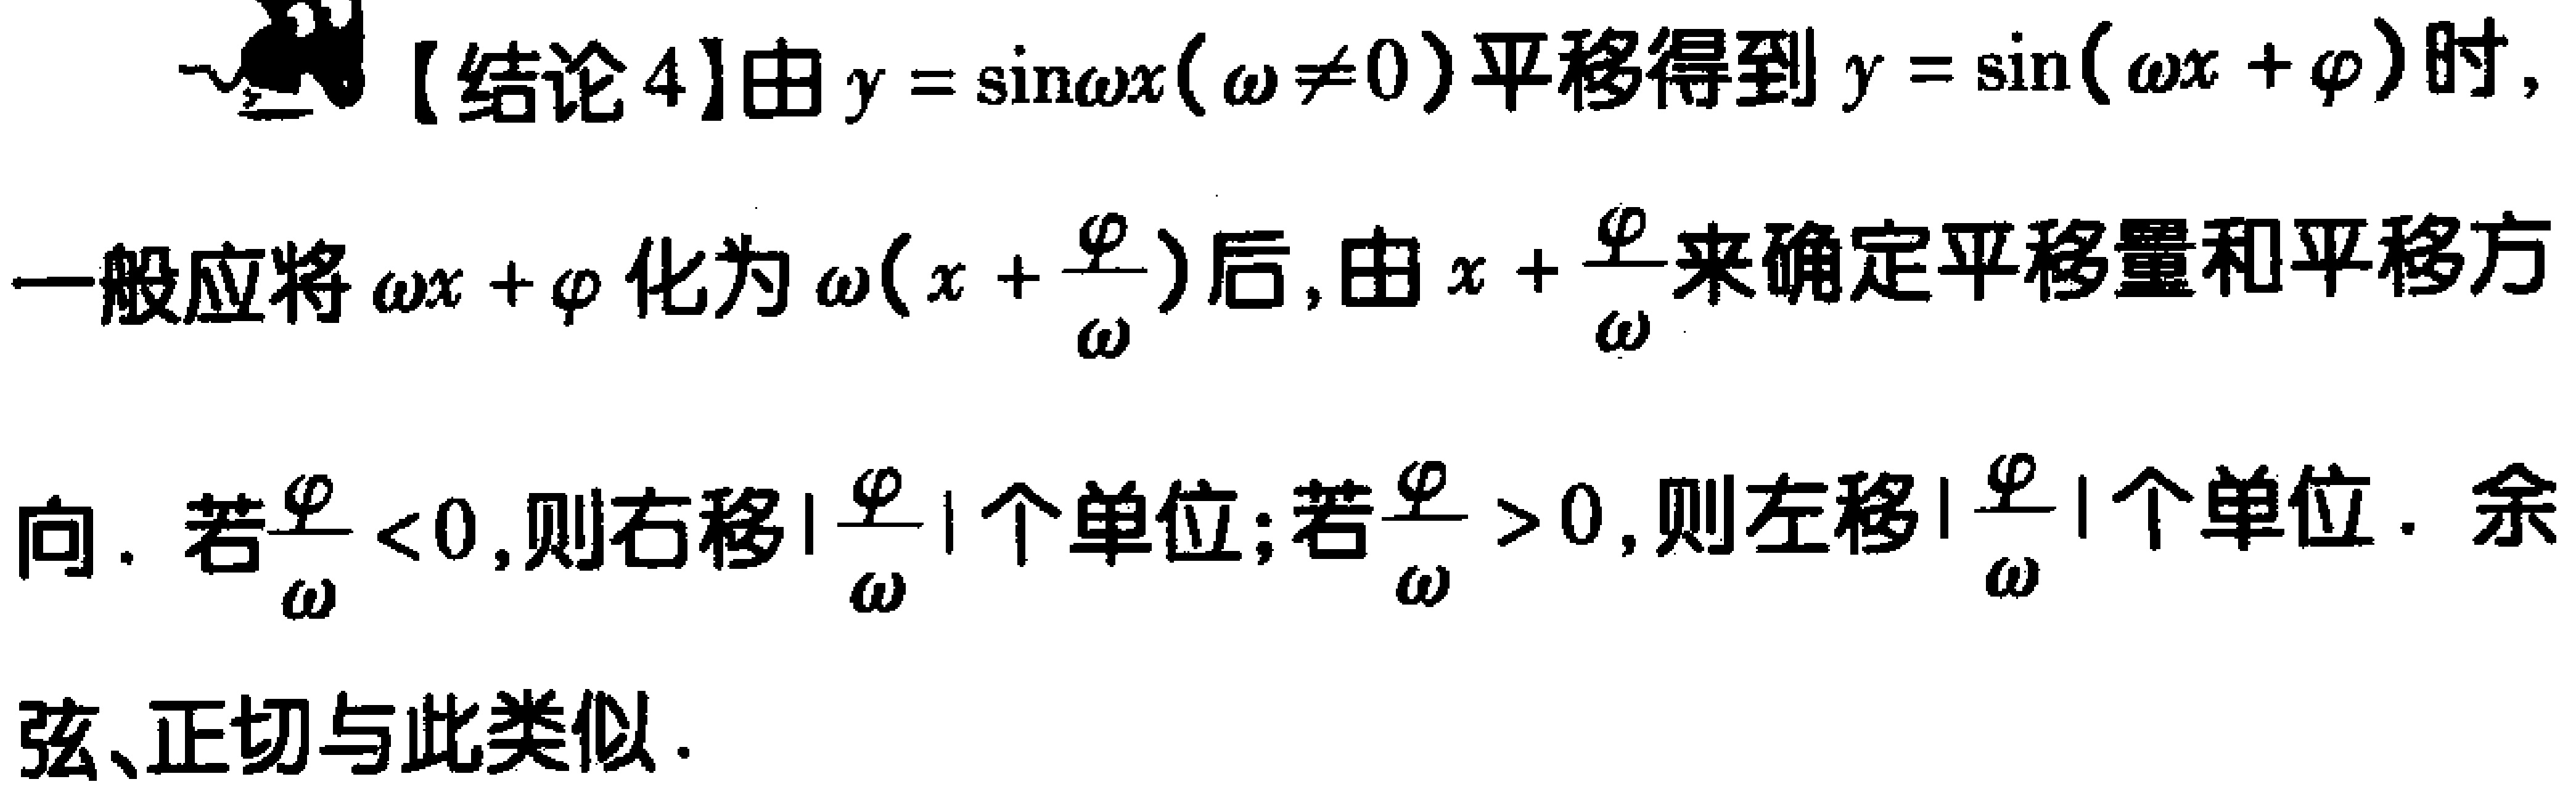
【结论4】由\(y = \sin\omega x(\omega\neq0)\)平移得到\(y = \sin(\omega x + \varphi)\)时，一般应将\(\omega x + \varphi\)化为\(\omega(x + \frac{\varphi}{\omega})\)后，由\(x + \frac{\varphi}{\omega}\)来确定平移量和平移方向. 若\(\frac{\varphi}{\omega}<0\)，则右移\(\vert\frac{\varphi}{\omega}\vert\)个单位；若\(\frac{\varphi}{\omega}>0\)，则左移\(\vert\frac{\varphi}{\omega}\vert\)个单位. 余弦、正切与此类似.